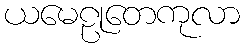
ယမေဠုတေကုလာ